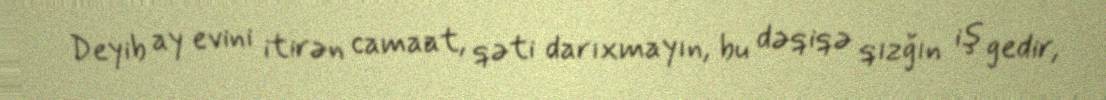
Deyib ay evini itirən camaat, qəti darıxmayın, bu dəqiqə qızğın iş gedir,